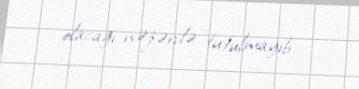
olacağı nəzərdə tutulmayıb.